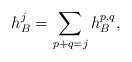
LaTeX: \begin{align*}h_B^j=\sum_{p+q=j} h_B^{p,q},\end{align*}